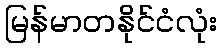
မြန်မာတနိုင်ငံလုံး